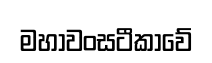
මහාවංසටීකාවේ